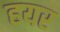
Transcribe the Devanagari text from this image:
हयर